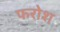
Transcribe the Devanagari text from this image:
फरोश